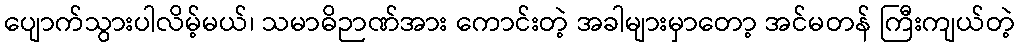
ပျောက်သွားပါလိမ့်မယ်၊ သမာဓိဉာဏ်အား ကောင်းတဲ့ အခါများမှာတော့ အင်မတန် ကြီးကျယ်တဲ့